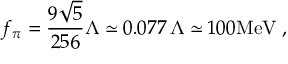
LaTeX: f _ { \pi } = \frac { 9 \sqrt { 5 } } { 2 5 6 } \Lambda \simeq 0 . 0 7 7 \, \Lambda \simeq 1 0 0 \mathrm { M e V } \; ,